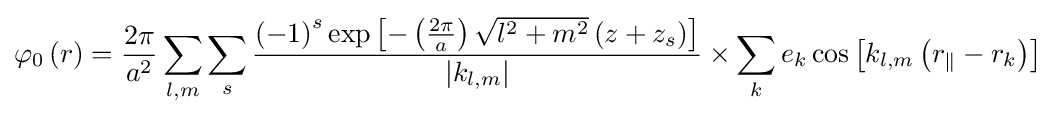
\varphi _{0}\left(r\right)={\frac {2\pi }{a^{2}}}\sum _{l,m}\sum _{s}{\frac {\left(-1\right)^{s}\exp \left[-\left({\frac {2\pi }{a}}\right){\sqrt {l^{2}+m^{2}}}\left(z+z_{s}\right)\right]}{\left|k_{l,m}\right|}}\times \sum _{k}e_{k}\cos \left[k_{l,m}\left(r_{\parallel }-r_{k}\right)\right]